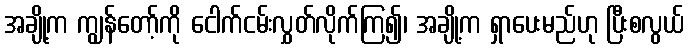
အချို့က ကျွန်တော့်ကို ငေါက်ငမ်းလွှတ်လိုက်ကြ၍၊ အချို့က ရှာပေးမည်ဟု ပြီးစလွယ်